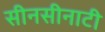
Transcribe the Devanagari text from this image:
सीनसीनाटी